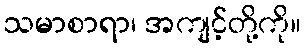
သမာစာရာ၊ အကျင့်တို့ကို။